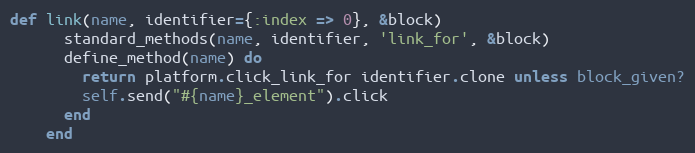
Language: Ruby
def link(name, identifier={:index => 0}, &block)
      standard_methods(name, identifier, 'link_for', &block)
      define_method(name) do
        return platform.click_link_for identifier.clone unless block_given?
        self.send("#{name}_element").click
      end
    end